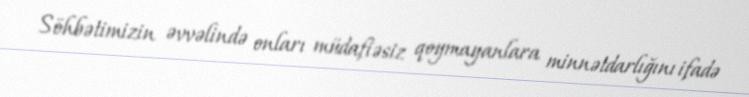
Söhbətimizin əvvəlində onları müdafiəsiz qoymayanlara minnətdarlığını ifadə